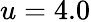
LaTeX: u=4.0